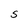
Character: S